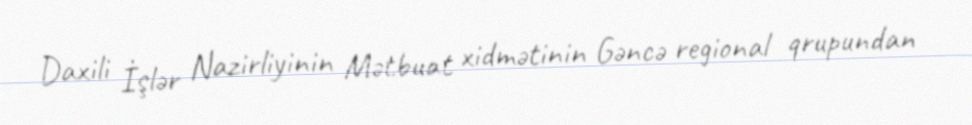
Daxili İşlər Nazirliyinin Mətbuat xidmətinin Gəncə regional qrupundan